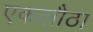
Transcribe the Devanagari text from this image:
एकलौठा